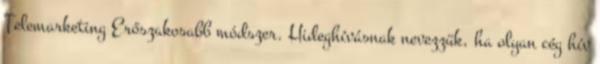
Telemarketing Erőszakosabb módszer. Hideghívásnak nevezzük, ha olyan cég hív